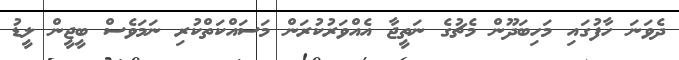
ދެވަނަ ހާފުގައި މަހިބަދޫން މެޗުގެ ނަތީޖާ އެއްވަރުކުރަން މަސައްކަތްކުރި ނަމަވެސް ބީޖީން ލީޑު